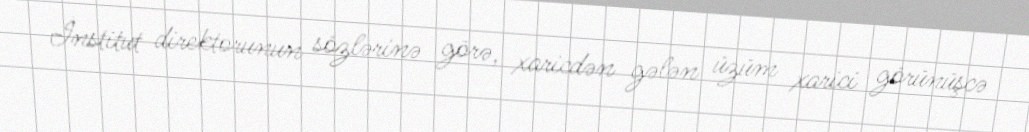
İnstitut direktorunun sözlərinə görə, xaricdən gələn üzüm xarici görünüşcə